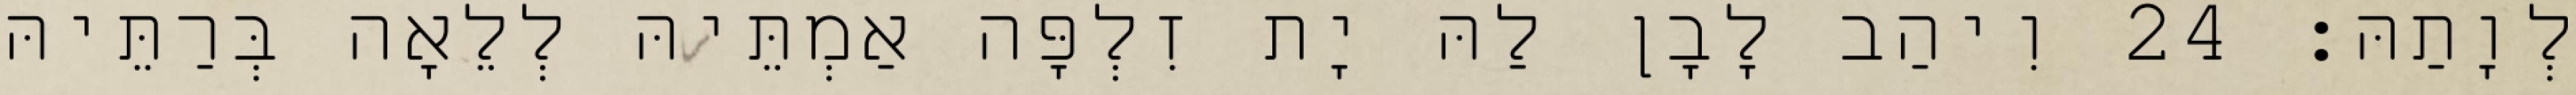
לְוָתַהּ׃ 24 וִיהַב לָבָן לַהּ יָת זִלְפָּה אַמְתֵּיהּ לְלֵאָה בְּרַתֵּיהּ